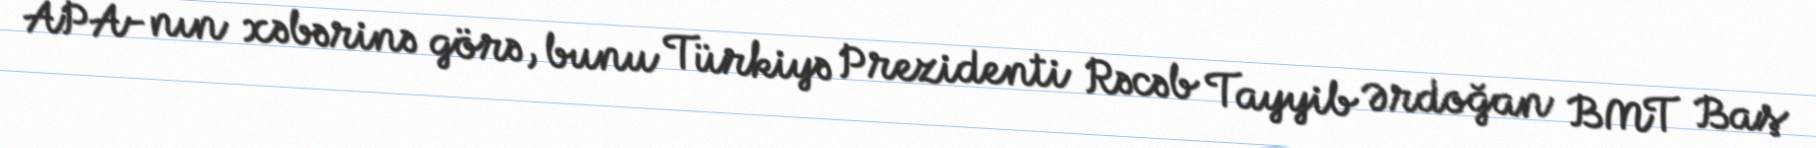
APA-nın xəbərinə görə, bunu Türkiyə Prezidenti Rəcəb Tayyib Ərdoğan BMT Baş